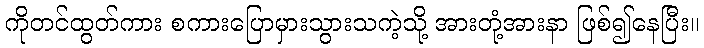
ကိုတင်ထွတ်ကား စကားပြောမှားသွားသကဲ့သို့ အားတုံ့အားနာ ဖြစ်၍နေပြီး။